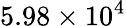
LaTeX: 5.98\times 10^{4}